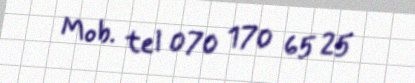
Mob. tel 070 170 65 25